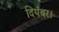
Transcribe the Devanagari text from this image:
दिगंबर।